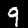
Label: 9